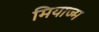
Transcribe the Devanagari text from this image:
मियाज्म